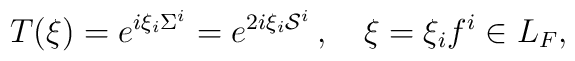
T(\xi)=e^{i\xi_i \Sigma^i} =e^{2i\xi_i {\cal S}^i}\,, \quad \xi=\xi_i f^i\in L_F,